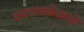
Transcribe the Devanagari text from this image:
करबचतीसाठी